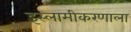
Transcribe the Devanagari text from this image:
इस्लामीकरणाला